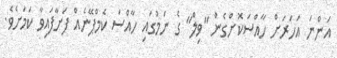
އަންނަ އަހަރަށް ހާއްސަކޮށްގެން "ވިލް" ގެ ނަމުގައި ހާއްސަ ކެމްޕޭނެއް ފަށާފައިވާ ކަމަށެވެ.